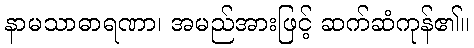
နာမသာဓာရဏာ၊ အမည်အားဖြင့် ဆက်ဆံကုန်၏။